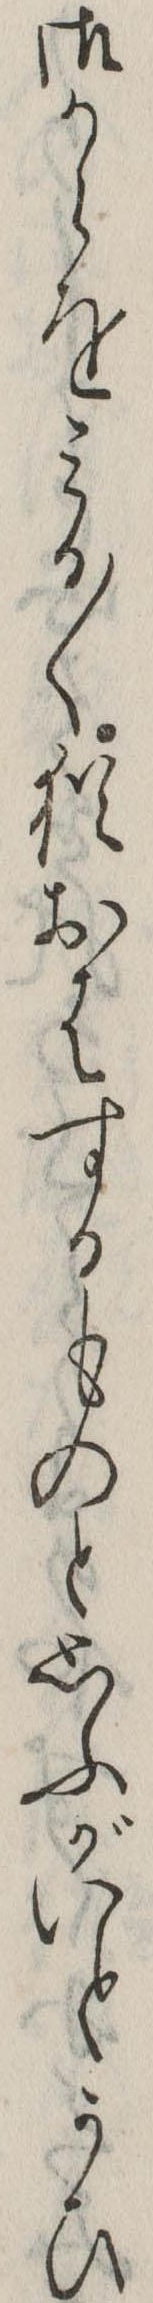
御からをみる〱猶おはするものと思ふがいとかひ